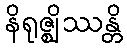
နိရုဇ္ဈိဿန္တိ